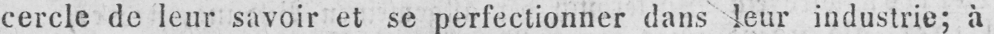
cercle de leur savoir et se perfectionner dans leur industrie; à